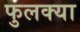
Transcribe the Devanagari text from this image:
फुलक्या